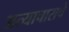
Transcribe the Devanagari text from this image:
अत्‍याचाराचे